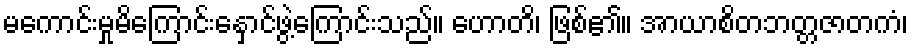
မကောင်းမှုမိကြောင်းနှောင်ဖွဲ့ကြောင်းသည်။ ဟောတိ၊ ဖြစ်၏။ အာယာစိတဘတ္တဇာတကံ၊